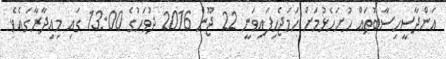
އަންދާސީހިސާބުތައް ހުށަހެޅުމަށް ހަމަޖެހިފައިވަނީ 22 ޖޫން 2016 ދުވަހުގެ 13:00 ގައި މިއިދާރާގައެވެ.